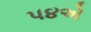
૫૪એ